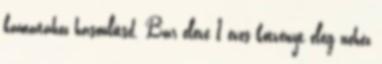
kamatához hasonlítsd. Bár eleve 1 éves kötvényt elég nehéz